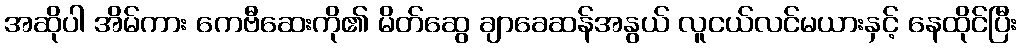
အဆိုပါ အိမ်ကား ကေဗီဆေးကို၏ မိတ်ဆွေ ချာခေဆန်အနွယ် လူငယ်လင်မယားနှင့် နေထိုင်ပြီး